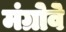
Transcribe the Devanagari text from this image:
मंग्रोवे